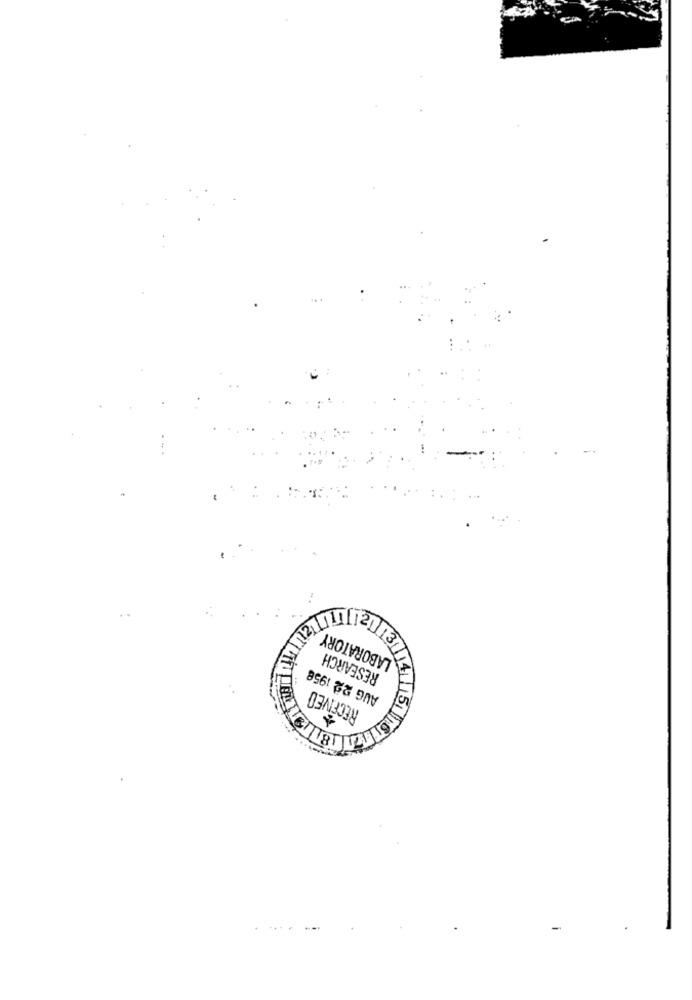
LABORATORY
RESEARCH
AUG 22 1958
RECEIVED
RIT18